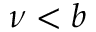
\nu < b